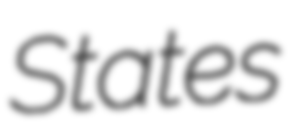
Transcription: States